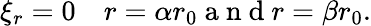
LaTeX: \xi_{r}=0\quad r=\alpha r_{0}\mathrm{~a~n~d~}r=\beta r_{0}.